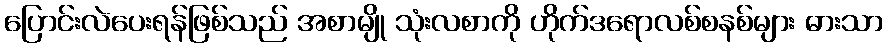
ပြောင်းလဲပေးရန်ဖြစ်သည် အစာမျို သုံးလစာကို ဟိုက်ဒရောလစ်စနစ်များ ဓားသာ